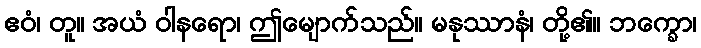
ဧဝံ၊ တူ။ အယံ ဝါနရော၊ ဤမျောက်သည်။ မနုဿာနံ၊ တို့၏။ ဘက္ခော၊